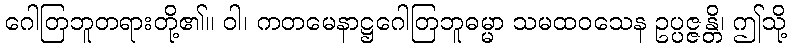
ဂေါတြဘူတရားတို့၏။ ဝါ၊ ကတမေနာဋ္ဌဂေါတြဘူဓမ္မာ သမထဝသေန ဥပ္ပဇ္ဇန္တိ၊ ဤသို့